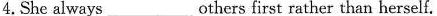
4.She always__others first rather than herself.